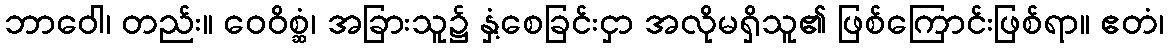
ဘာဝေါ၊ တည်း။ ဝေဝိစ္ဆံ၊ အခြားသူ၌ နှံ့စေခြင်းငှာ အလိုမရှိသူ၏ ဖြစ်ကြောင်းဖြစ်ရာ။ ဧတံ၊